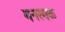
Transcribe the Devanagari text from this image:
मनरगळ